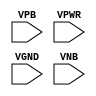
module sky130_fd_sc_hdll__tapvpwrvgnd (
    //# {{power|Power}}
    input VPB ,
    input VPWR,
    input VGND,
    input VNB
);
endmodule